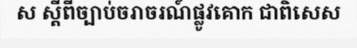
ស ស្តីពីច្បាប់ចរាចរណ៍ផ្លូវគោក ជាពិសេស